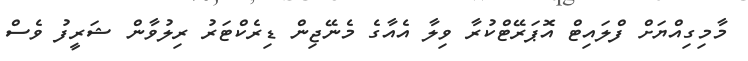
މާމިގިއްޔަށް ފްލައިޓް އޮޕަރޭޓްކުރާ ވިލާ އެއާގެ މެނޭޖިން ޑިރެކްޓަރު ރިލުވާން ޝަރީފު ވެސް